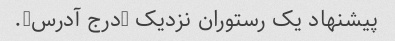
پیشنهاد یک رستوران نزدیک (درج آدرس).